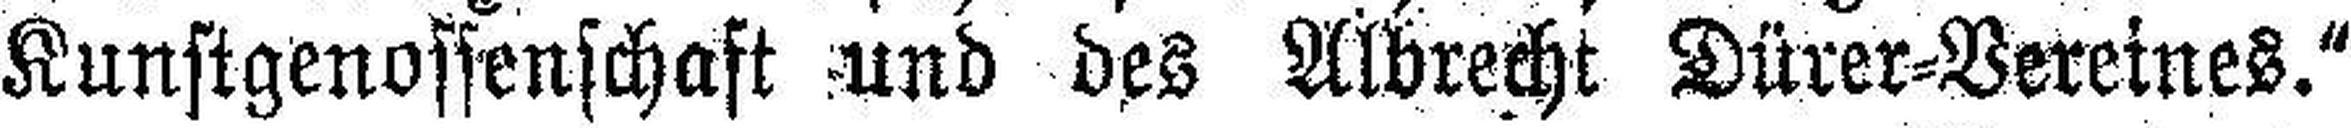
Kunstgenossenschaft und des Albrecht Dürer=Vereines.“